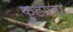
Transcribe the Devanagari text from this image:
फुटाला